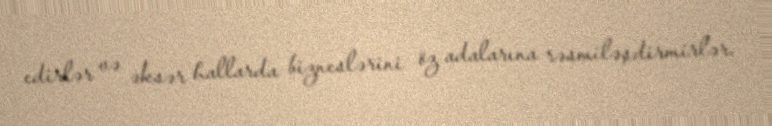
edirlər və əksər hallarda bizneslərini öz adalarına rəsmiləşdirmirlər.